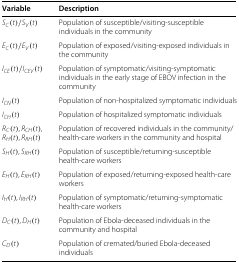
<table><thead><tr><td><b>Variable</b></td><td><b>Description</b></td></tr></thead><tbody><tr><td><i>S</i><sub><i>C</i></sub>(<i>t</i>)/<i>S</i><sub><i>V</i></sub>(<i>t</i>)</td><td>Population of susceptible/visiting-susceptible individuals in the community</td></tr><tr><td><i>E</i><sub><i>C</i></sub>(<i>t</i>)/<i>E</i><sub><i>V</i></sub>(<i>t</i>)</td><td>Population of exposed/visiting-exposed individuals in the community</td></tr><tr><td><i>I</i><sub><i>CE</i></sub>(<i>t</i>)/<i>I</i><sub><i>CEV</i></sub>(<i>t</i>)</td><td>Population of symptomatic/visiting-symptomatic individuals in the early stage of EBOV infection in the community</td></tr><tr><td><i>I</i><sub><i>CN</i></sub>(<i>t</i>)</td><td>Population of non-hospitalized symptomatic individuals</td></tr><tr><td><i>I</i><sub><i>CH</i></sub>(<i>t</i>)</td><td>Population of hospitalized symptomatic individuals</td></tr><tr><td><i>R</i><sub><i>C</i></sub>(<i>t</i>),<i>R</i><sub><i>CH</i></sub>(<i>t</i>), <i>R</i><sub><i>H</i></sub>(<i>t</i>),<i>R</i><sub><i>RH</i></sub>(<i>t</i>)</td><td>Population of recovered individuals in the community/ health-care workers in the community and hospital</td></tr><tr><td><i>S</i><sub><i>H</i></sub>(<i>t</i>),<i>S</i><sub><i>RH</i></sub>(<i>t</i>)</td><td>Population of susceptible/returning-susceptible health-care workers</td></tr><tr><td><i>E</i><sub><i>H</i></sub>(<i>t</i>),<i>E</i><sub><i>RH</i></sub>(<i>t</i>)</td><td>Population of exposed/returning-exposed health-care workers</td></tr><tr><td><i>I</i><sub><i>H</i></sub>(<i>t</i>),<i>I</i><sub><i>RH</i></sub>(<i>t</i>)</td><td>Population of symptomatic/returning-symptomatic health-care workers</td></tr><tr><td><i>D</i><sub><i>C</i></sub>(<i>t</i>),<i>D</i><sub><i>H</i></sub>(<i>t</i>)</td><td>Population of Ebola-deceased individuals in the community and hospital</td></tr><tr><td><i>C</i><sub><i>D</i></sub>(<i>t</i>)</td><td>Population of cremated/buried Ebola-deceased individuals</td></tr></tbody></table>